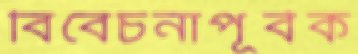
বিবেচনাপূর্বক